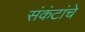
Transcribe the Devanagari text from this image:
संकंटांचे